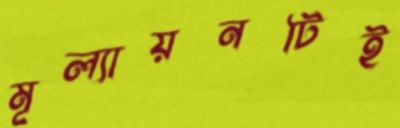
মূল্যায়নটিই